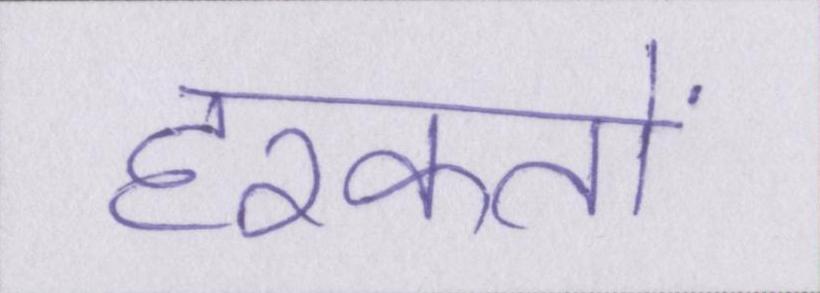
हरकतों